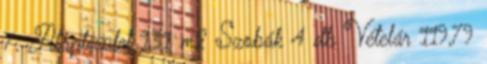
7. Alapterület 131 m2 Szobák 4 db Vételár 119,79